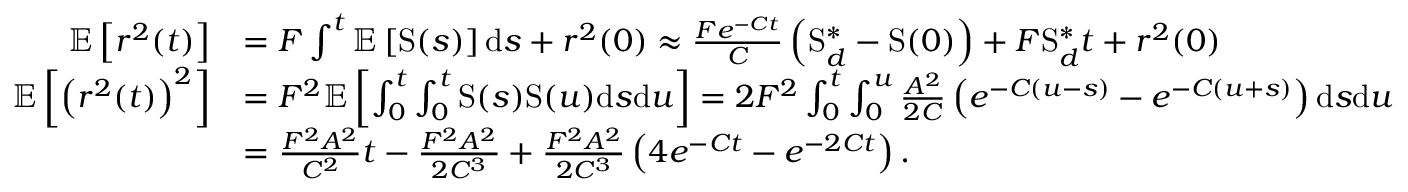
\begin{array} { r l } { \mathbb { E } \left[ r ^ { 2 } ( t ) \right] } & { = F \int ^ { t } \mathbb { E } \left[ \mathrm { S } ( s ) \right] \mathrm { d } s + r ^ { 2 } ( 0 ) \approx \frac { F e ^ { - C t } } { C } \left( \mathrm { S } _ { d } ^ { \ast } - \mathrm { S } ( 0 ) \right) + F \mathrm { S } _ { d } ^ { \ast } t + r ^ { 2 } ( 0 ) } \\ { \mathbb { E } \left[ \left( r ^ { 2 } ( t ) \right) ^ { 2 } \right] } & { = F ^ { 2 } \mathbb { E } \left[ \int _ { 0 } ^ { t } \int _ { 0 } ^ { t } \mathrm { S } ( s ) \mathrm { S } ( u ) \mathrm { d } s \mathrm { d } u \right] = 2 F ^ { 2 } \int _ { 0 } ^ { t } \int _ { 0 } ^ { u } \frac { A ^ { 2 } } { 2 C } \left( e ^ { - C ( u - s ) } - e ^ { - C ( u + s ) } \right) \mathrm { d } s \mathrm { d } u } \\ & { = \frac { F ^ { 2 } A ^ { 2 } } { C ^ { 2 } } t - \frac { F ^ { 2 } A ^ { 2 } } { 2 C ^ { 3 } } + \frac { F ^ { 2 } A ^ { 2 } } { 2 C ^ { 3 } } \left( 4 e ^ { - C t } - e ^ { - 2 C t } \right) . } \end{array}